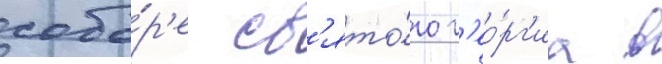
собо́р'е св'ято́го г'ео́рг'иа в